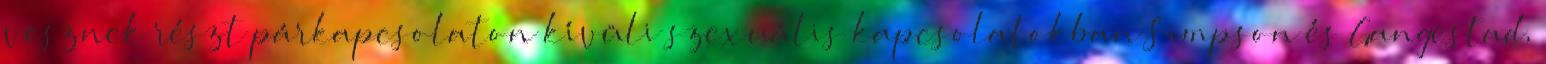
vesznek részt párkapcsolaton kívüli szexuális kapcsolatokban Simpson és Gangestad,